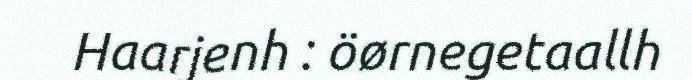
Haarjenh : öørnegetaallh